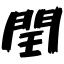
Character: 閏